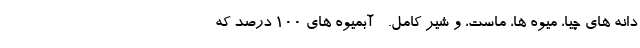
دانه های چیا، میوه ها، ماست، و شیر کامل. - آبمیوه های 100 درصد که